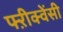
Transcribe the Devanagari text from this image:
फ्ऱीक्वेंसी